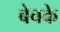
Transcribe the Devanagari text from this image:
बेचके